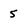
Character: 5